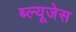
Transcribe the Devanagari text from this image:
ब्ल्यूजेस